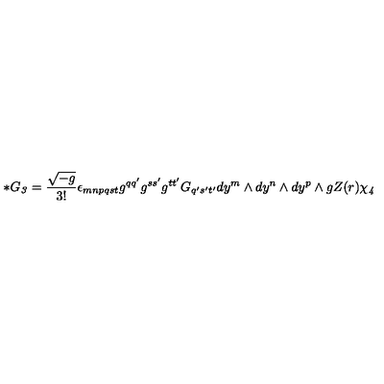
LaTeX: * G _ { \it 3 } = \frac { \sqrt { - g } } { 3 ! } \epsilon _ { m n p q s t } g ^ { q q ^ { \prime } } g ^ { s s ^ { \prime } } g ^ { t t ^ { \prime } } G _ { q ^ { \prime } s ^ { \prime } t ^ { \prime } } d y ^ { m } \wedge d y ^ { n } \wedge d y ^ { p } \wedge g Z ( r ) \chi _ { \it 4 } \